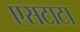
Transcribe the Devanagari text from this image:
एसटाटा